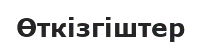
Өткізгіштер